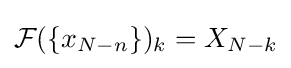
{\mathcal {F}}(\{x_{N-n}\})_{k}=X_{N-k}